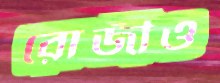
রোজীও